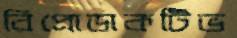
রিপ্রোডাকটিভ